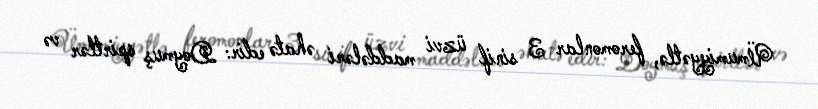
Ümumiyyətlə, feromonlar 3 sinif üzvi maddələri əhatə edir: Doymuş spirtlər və